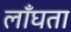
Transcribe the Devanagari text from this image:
लाँघता